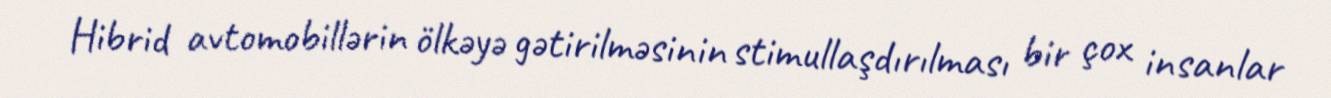
Hibrid avtomobillərin ölkəyə gətirilməsinin stimullaşdırılması bir çox insanlar